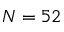
N = 5 2